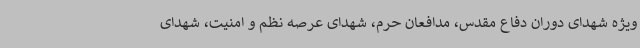
ویژه شهدای دوران دفاع مقدس، مدافعان حرم، شهدای عرصه نظم و امنیت، شهدای